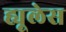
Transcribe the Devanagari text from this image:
ह्यूलेस